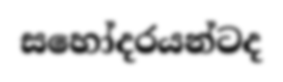
සහෝදරයන්ටද